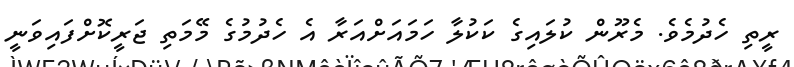
ރީތި ހެދުމެވެ. މެރޫން ކުލައިގެ ކަކުލާ ހަމައަށްއަރާ އެ ހެދުމުގެ މޭމަތި ޖަރީކޮށްފައިވަނީ